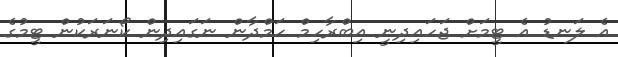
އެ ލަނޑު އެ ޓީމަށް ޖަހައިދިނީ އިބްރާހިމް ހަމްދާން ނަގައިދިން ކޯނަރަކުން ޓީމުގެ